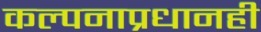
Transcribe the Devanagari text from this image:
कल्पनाप्रधानही